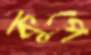
কূপে